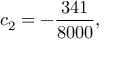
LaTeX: c _ { 2 } = - { \frac { 3 4 1 } { 8 0 0 0 } } ,